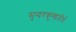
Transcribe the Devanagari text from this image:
सुन्दरकुण्डतीर्थ